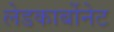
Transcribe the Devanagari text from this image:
लेडकार्बोनेट